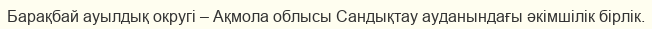
Барақбай ауылдық округі – Ақмола облысы Сандықтау ауданындағы әкімшілік бірлік.